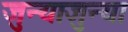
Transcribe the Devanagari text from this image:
जुन्याजुन्या